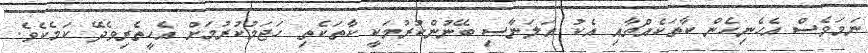
ނަމަވެސް އެހެނިހެން ކާތަކެއްޗާއި އެކު އަލަނާސި ބޭނުންކުރުމަކީ ކާތަކެތި ހަޖަމުކުރުމަށް އެހީތެރިވެދޭ ކަމެކެވެ.